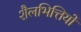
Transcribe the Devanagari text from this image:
शैलभित्तियों